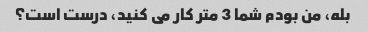
بله، من بودم شما 3 متر کار می کنید، درست است؟